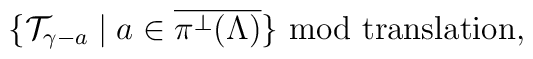
\{{\cal T}_{\gamma-a} \mid a \in\overline{\pi^{\perp}(\Lambda)}\}\hbox{\ mod translation}  ,